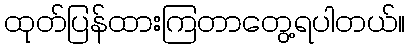
ထုတ်ပြန်ထားကြတာတွေ့ရပါတယ်။